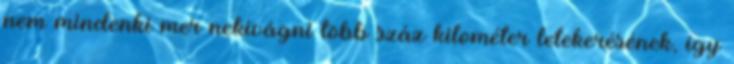
nem mindenki mer nekivágni több száz kilométer letekerésének, így